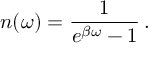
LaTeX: n ( \omega ) = { \frac { 1 } { e ^ { \beta \omega } - 1 } } \, .